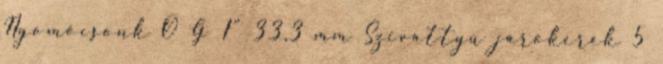
Nyomócsonk Ø G 1" 33,3 mm Szivattyú járókerék 5